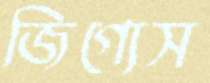
জিগ্যেস